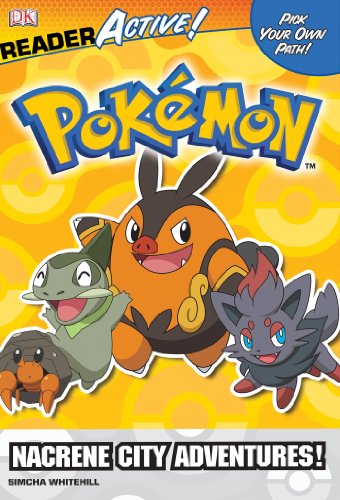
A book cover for Pokemon ReaderActive: Nacrene City Adventures! (DK Reader: Active!); BradyGames; Computers & Technology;